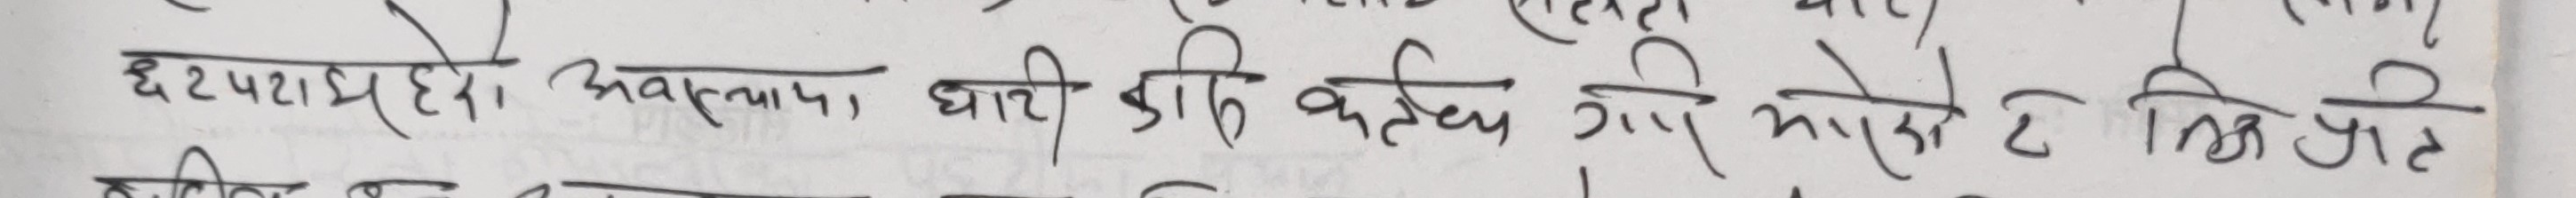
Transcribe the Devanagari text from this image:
छटपटी हरुको अवस्थामा घाटी डीपी कर्तव्य गर्न आएको ले तिन बाट